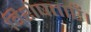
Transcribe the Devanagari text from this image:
विशेषताएँ।